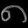
Digit: ၈